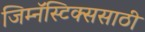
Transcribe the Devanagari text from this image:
जिम्नॅस्टिक्ससाठी